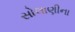
સોલાણીના